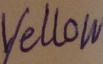
Text: Yellow